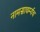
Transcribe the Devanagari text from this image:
नामसाधर्म्यच